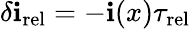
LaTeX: \delta\mathbf{i}_{\mathrm{{rel}}}=-\mathbf{i}(x)\tau_{\mathrm{{rel}}}